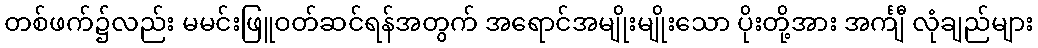
တစ်ဖက်၌လည်း မမင်းဖြူဝတ်ဆင်ရန်အတွက် အရောင်အမျိုးမျိုးသော ပိုးတို့အား အင်္ကျီ လုံချည်များ